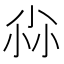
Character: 尛